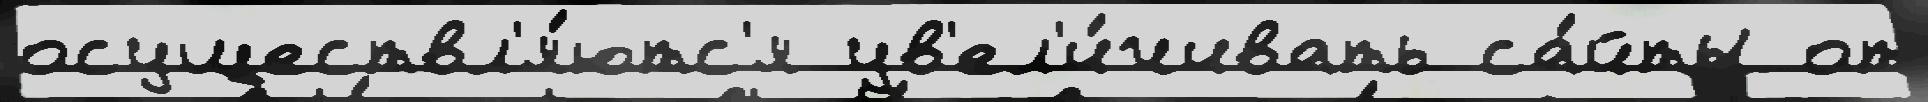
осуществл'я́ютс'я ув'ел'и́чивать са́йты от